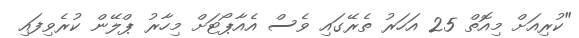
"ކުރިއަށް މިއޮތް 25 އަހަރު ތެރޭގައި ވެސް އެއާޕޯޓަށް މިހާރު ޕްލޭން ކުރެވިފައި